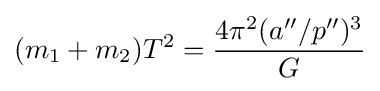
(m_{1}+m_{2})T^{2}={\frac {4\pi ^{2}(a''/p'')^{3}}{G}}